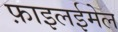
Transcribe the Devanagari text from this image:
फ़ाइलईमेल